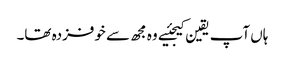
ہاں آپ یقین کیجئیے وہ مجھ سے خوفزدہ تھا۔